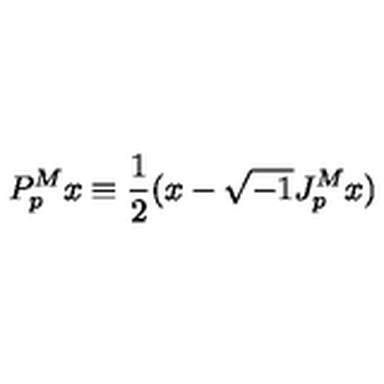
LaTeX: P _ { p } ^ { M } x \equiv \frac { 1 } { 2 } ( x - \sqrt { - 1 } J _ { p } ^ { M } x )